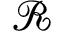
\mathcal { R }